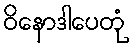
ဝိနောဒါပေတုံ